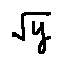
\sqrt { y }